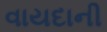
વાયદાની